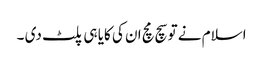
اسلام نے تو سچ مچ ان کی کایا ہی پلٹ دی ۔